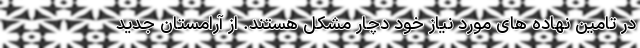
در تامین نهاده های مورد نیاز خود دچار مشکل هستند. از آرامستان جدید